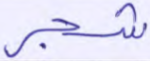
شجر